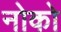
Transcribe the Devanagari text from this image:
नोको